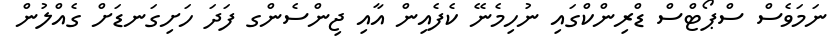
ނަމަވެސް ސްޕޯޓްސް ޑްރިންކްގައި ނުހިމެނޭ ކެފެއިން އާއި ޖިންސެންގ ފަދަ ހަށިގަނޑަށް ގެއްލުން